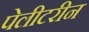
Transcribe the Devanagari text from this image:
पेलीटरीन